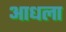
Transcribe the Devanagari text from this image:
आधला